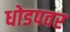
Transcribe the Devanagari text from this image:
धोडपवर